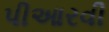
પીઆરવી